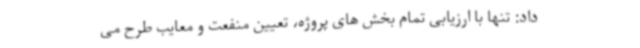
داد: تنها با ارزیابی تمام بخش های پروژه، تعیین منفعت و معایب طرح می